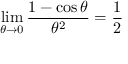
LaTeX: \operatorname* { l i m } _ { \theta \to 0 } { \frac { 1 - \cos \theta } { \theta ^ { 2 } } } = { \frac { 1 } { 2 } }